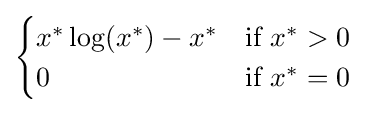
{\begin{cases}x^{*}\log(x^{*})-x^{*}&{\text{if }}x^{*}>0\\0&{\text{if }}x^{*}=0\end{cases}}